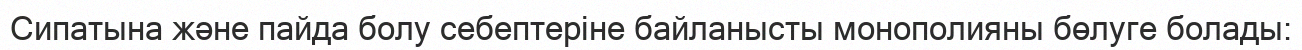
Сипатына және пайда болу себептеріне байланысты монополияны бөлуге болады: